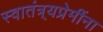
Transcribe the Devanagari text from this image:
स्वातंत्र्यप्रेमींना